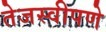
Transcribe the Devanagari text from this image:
तेजस्वीपणे